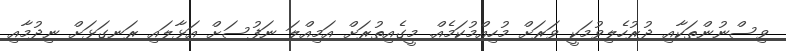
ވިސްނުންތަކާއި ދުރުހެލިވުމަކީ ވަރަށް މުހިއްމުކަމެއް. މީގެއިތުރަށް އަމިއްލަ ނަފުސަށް އަޅާލައި ރަނގަޅަށް ނިދުމާއި